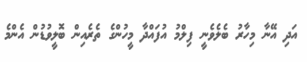
އަދި އޭނާ މިހާރު ބެލެވެނީ ފިލްމު އުފައްދާ މީހުންގެ ތެރެއިން ބޮލީވުޑުން އެންމެ